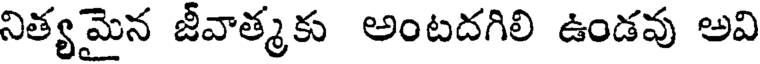
నిత్యమైన జీవాత్మకు అంటదగిలి ఉండవు అవి